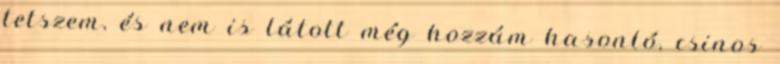
tetszem, és nem is látott még hozzám hasonló, csinos